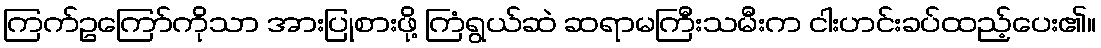
ကြက်ဥကြော်ကိုသာ အားပြုစားဖို့ ကြံရွယ်ဆဲ ဆရာမကြီးသမီးက ငါးဟင်းခပ်ထည့်ပေး၏။